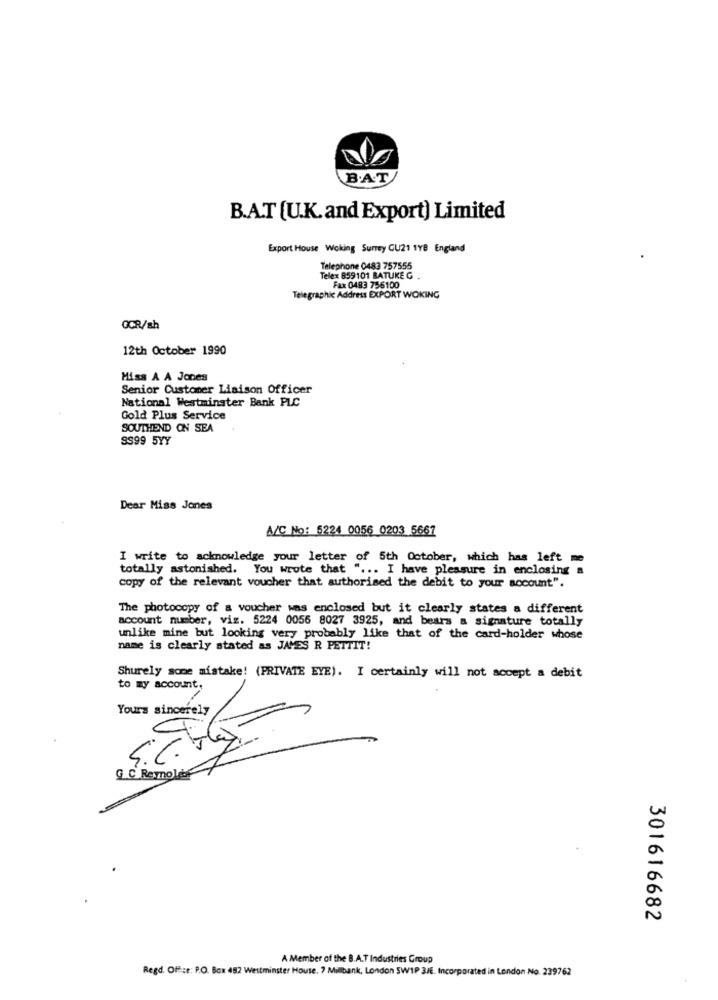
B.A.T
B.A.T [U.K.and Export) Limited
Export House Woking Surrey GU21 1YB England
Telephone 0483 757555
Telex 859101 BATUKE G .
Fax 0483 756100
Telegraphic Address EXPORT WOKING
GCR/sh
12th October 1990
Miss A A Jones
Senior Customer Liaison Officer
National Westminster Bank PLC
Gold Plus Service
SOUTHEND ON SEA
SS99 5YY
Dear Miss Jones
A/C No: 5224 0056 0203 5667
I write to acknowledge your letter of 5th October, which has left me
totally astonished. You wrote that " ... I have pleasure in enclosing a
copy of the relevant voucher that authorised the debit to your account".
The photocopy of a voucher was enclosed but it clearly states a different
account number, viz. 5224 0056 8027 3925, and bears a signature totally
unlike mine but looking very probably like that of the card-holder whose
name is clearly stated as JAMES R PETTIT!
Shurely some mistake! (PRIVATE EYE). I certainly will not accept a debit
to my account,
G C Remoles
301616682
A Member of the B.A.T Industries Group
Regd. Office: P.O. Box 482 Westminster House, 7 Millbank, London SW1P 3/E. Incorporated in London No. 239762